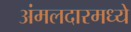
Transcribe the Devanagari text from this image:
अंमलदारमध्ये